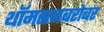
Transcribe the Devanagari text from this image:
थॉमसनबरोबर